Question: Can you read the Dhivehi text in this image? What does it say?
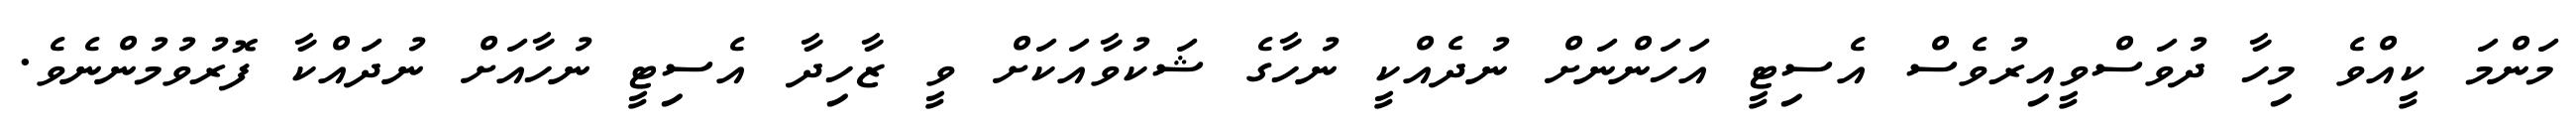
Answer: މަންމަ ކީއްވެ މިހާ ދުވަސްވީއިރުވެސް އެސިޓީ އަހަންނަށް ނުދެއްކީ ނުހާގެ ޝަކުވާއަކަށް ވީ ޒާހިދާ އެސިޓީ ނުހާއަށް ނުދައްކާ ފޮރުވުމުންނެވެ.